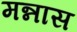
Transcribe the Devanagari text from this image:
मन्नास